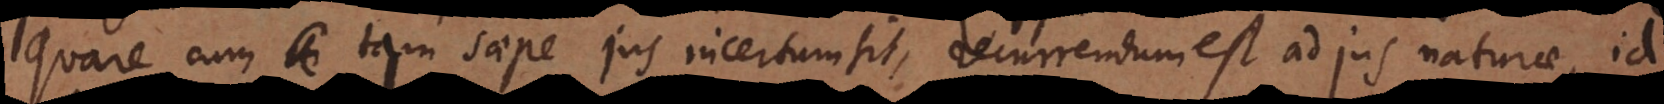
Quare cum tam saepe jus incertum sit, recurrendum est ad jus naturae, id